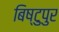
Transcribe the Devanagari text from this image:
बिष्टुपुर